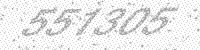
Solution: 557305